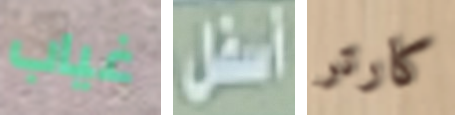
غياب أسفل كارتر